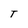
Character: T